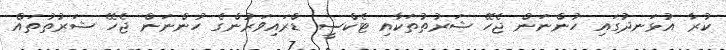
ކުރާ އުޅަނދުގައި ހުންނަން ޖެހޭ ޝަރުތުތަކާއި ޓެކްސީ ޑްރައިވަރުންގެ ހުންނަން ޖެހޭ ޝަރުތުތައް